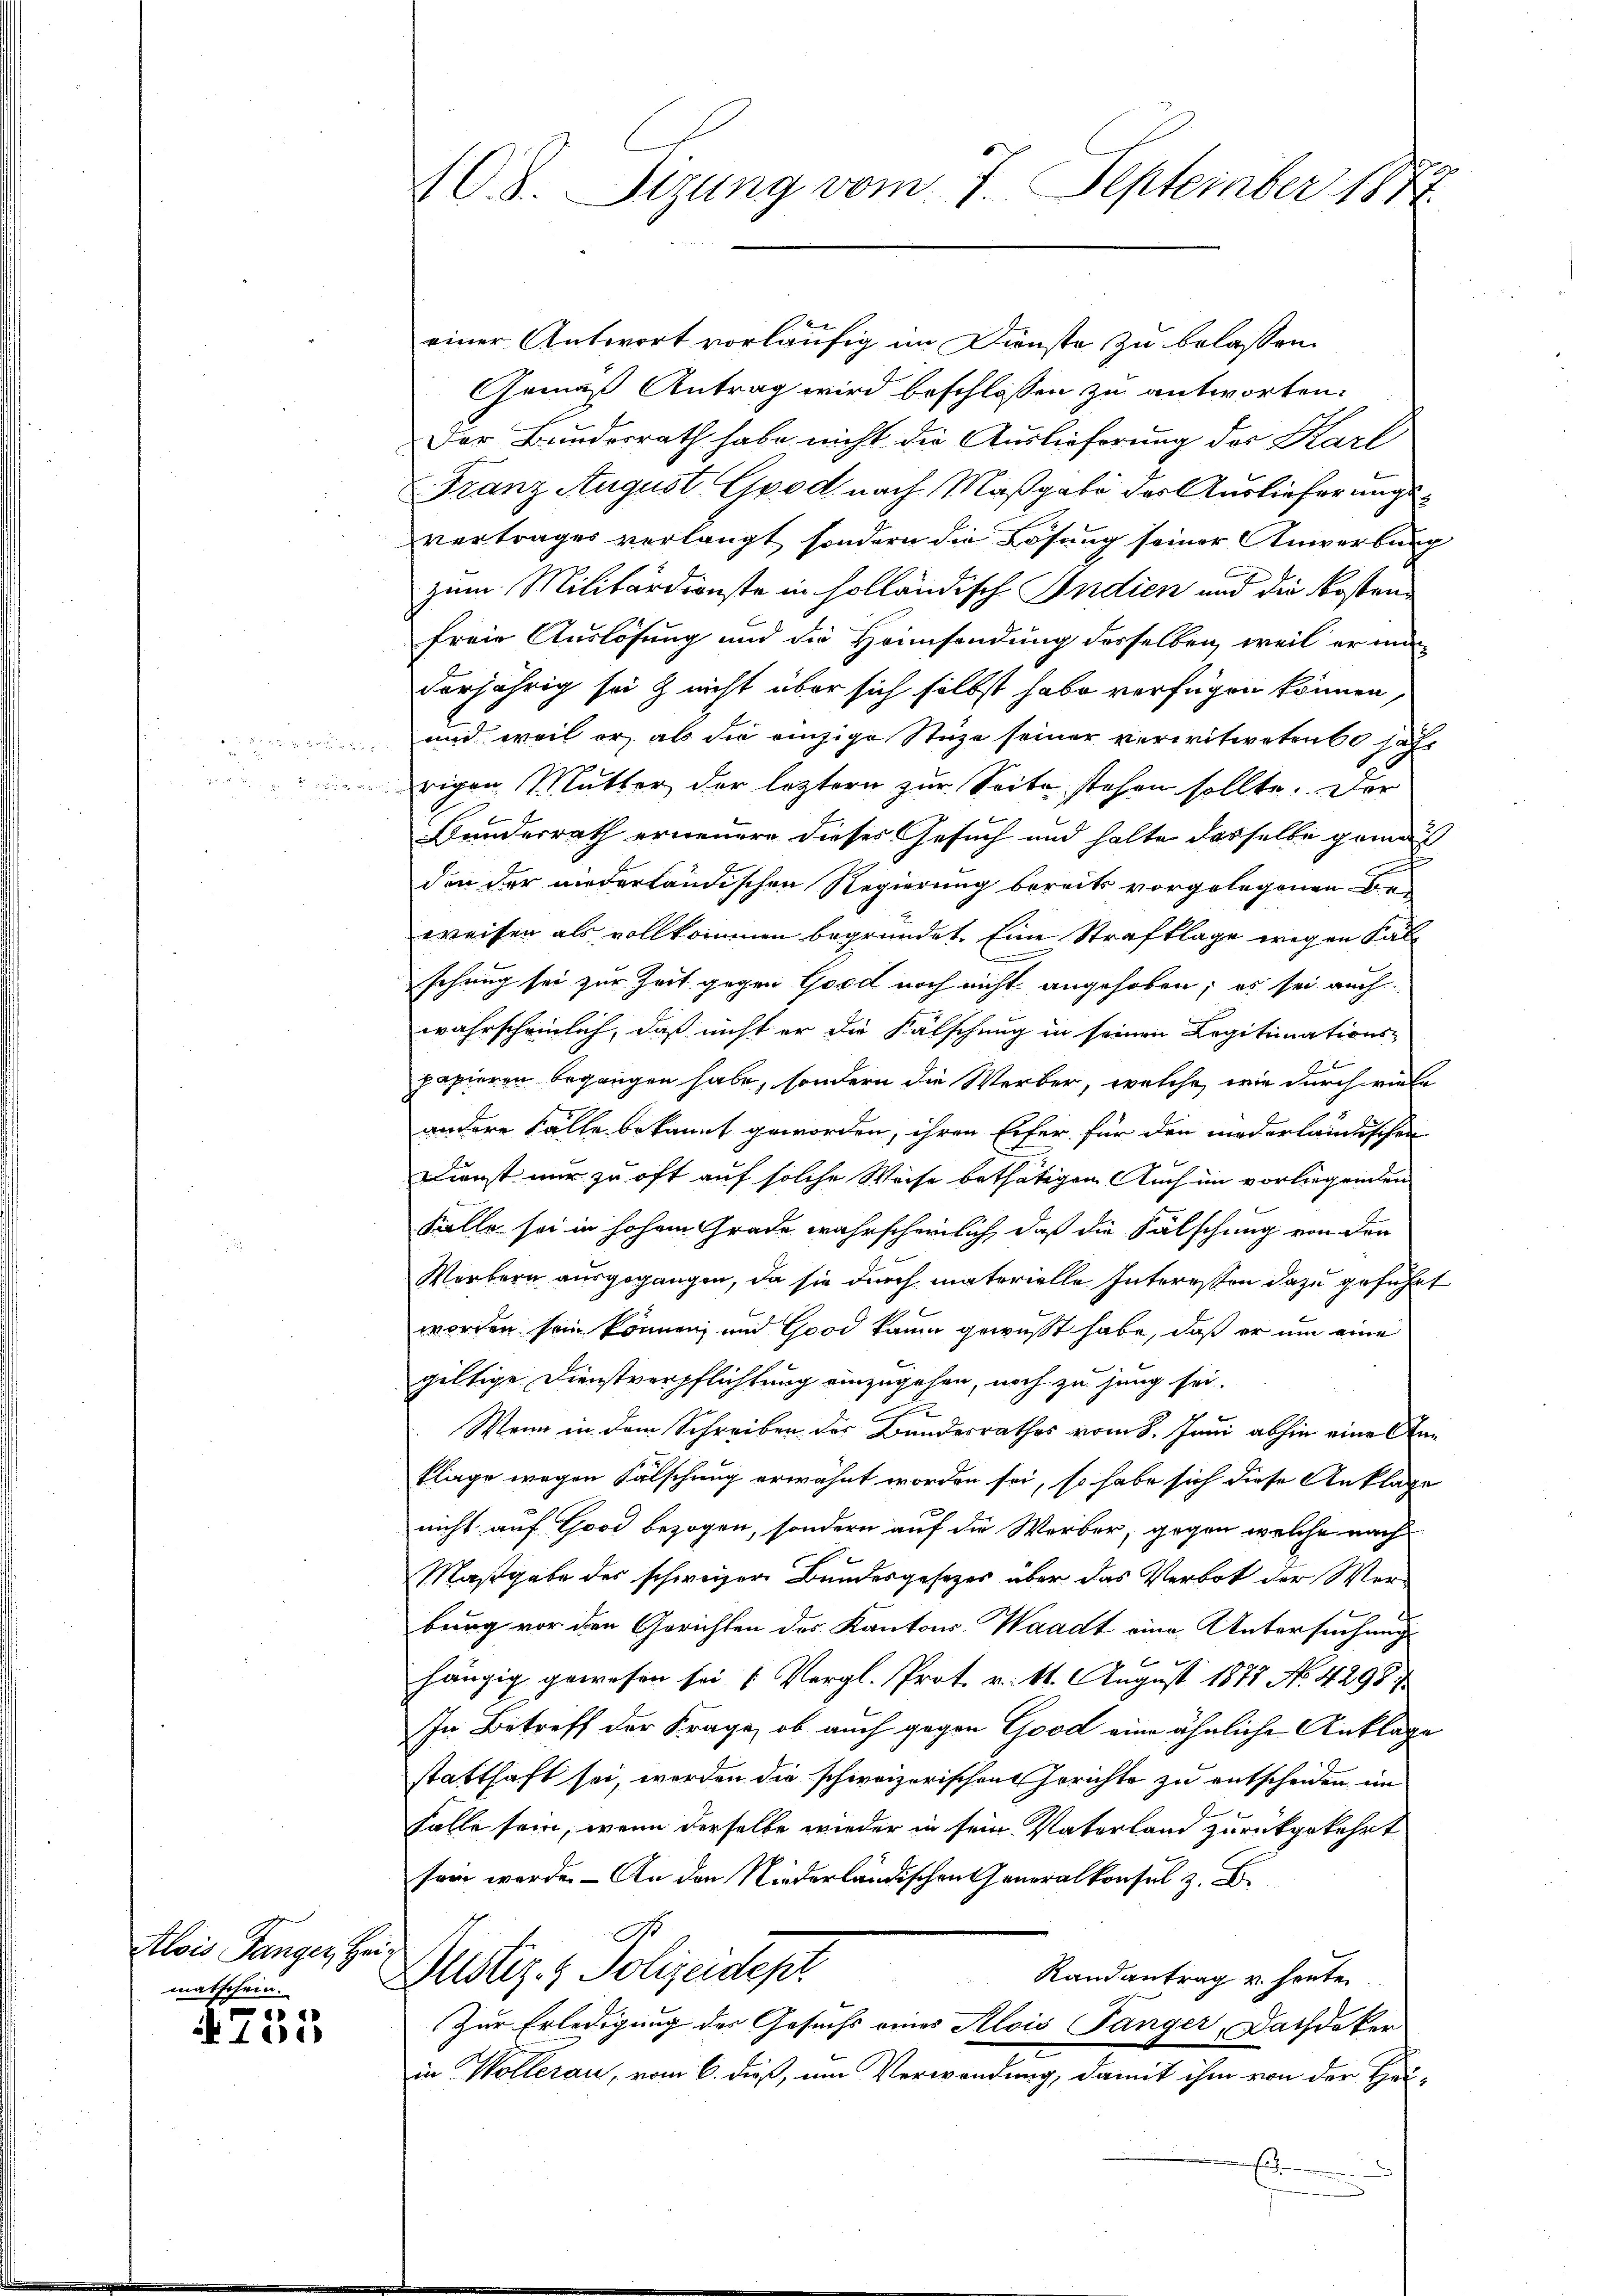
Alois Tanger, Her
matschein.

4755

108. Sizung vom 7. September 1872

u

einer Antwort vorläufig im Dienste zu belassen.
Gemäß Antrag wird beschlossen zu antworten.
Der Bundesrath habe nicht die Auslieferung des Karl
Franz August Good nach Maßgabe des Auslieferungsvertrages verlangt, sondern die Lösung seiner Anwerbung
zum Militärdienste in holländisch Indien und die Kosten
freie Auslösung und die Heimsendung desselben, weil er man-
derjährig sei & nicht über sich selbst habe verfügen können
und weil er als die einzige Stuze seiner verwitweten sache
rigen Mutter der leztern zur Seite stehen sollte. Der
Bunderrath erneuern dieses Gesuch und halte dasselbe gemäß
x
den der niederländischen Regierung bereits vorgelegenen Beweisen als vollkommen begründet. Eine Strafklage wegen Fälschrig sei zur Zeit gegen Good noch nicht angehoben; es sei auch
wahrscheinlich, daß nicht er die Fälschung in seinen Legitimations-
papieren begangen habe, sondern die Werber, welche, wie durch viele
andere Fälle bekannt geworden, ihren Eifer für den niederländischen
 x
Dienst nur zu oft auf solche Weise bethätigen. Auch im vorliegenden
Fälle sei in hohem Grade wahrscheinlich, daß die Fälschung von den
Worbern ausgegangen, da sie durch materielle Interessen dazu geführt
worden sein können, und Good kaum gewußt habe, daß er um eine
gültige Dienstverpflichtung einzugehen, noch zu jung sei.

Wenn in dem Schreiben der Bundesrathes vom 8. Juni abhin eine Anklage wegen Fälschung erwähnt worden sei, so habe sich diese Anklage
nicht auf Good bezogen, sondern auf die Werber, gegen welche nach
Maßgabe des schweizer Bundesgesetzes über das Verbot der Werbung vor den Gerichten des Kantons Waadt eine Untersuchung
x
we
hängig gewesen sei (Vergl. Prot. v. 14. August 1875 No 4298.
In Betreff der Frage, ob auch gegen Good eine ähnliche Anklage
statthaft sei, werden die schweizerischen Gerichte zu entscheiden im
falle sein, wenn derselbe wieder in sein Vaterland zurückgekehrt
fort werde. - An den Niederländischen Generalkonsul z. B.
G
Dlustiz- & Polizeidept
Randantrag u. heuten.
Zur Erledigung des Gesuchs eines Alois Tänger, Dachdeker
in Wollerau, vom 6. dieß, um Verwendung, damit ihm von der Heu-
E